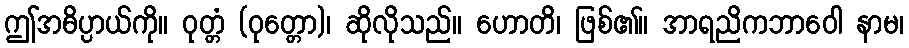
ဤအဓိပ္ပာယ်ကို။ ဝုတ္တံ (ဝုတ္တော)၊ ဆိုလိုသည်။ ဟောတိ၊ ဖြစ်၏။ အာရညိကဘာဝေါ နာမ၊